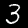
Label: 3